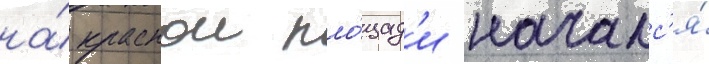
на́ краснои пло́щад'и началс'я́